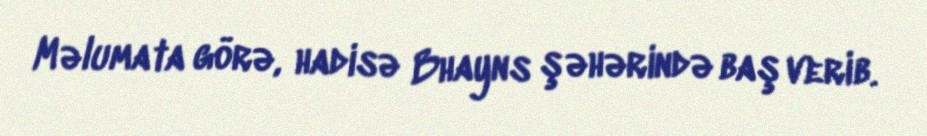
Məlumata görə, hadisə Bhayns şəhərində baş verib.